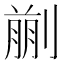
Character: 𠞳